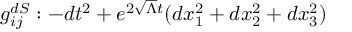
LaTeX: g _ { i j } ^ { d S } : - d t ^ { 2 } + e ^ { 2 \sqrt { \Lambda } t } ( d x _ { 1 } ^ { 2 } + d x _ { 2 } ^ { 2 } + d x _ { 3 } ^ { 2 } )